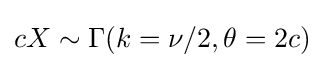
cX\sim \Gamma (k=\nu /2,\theta =2c)